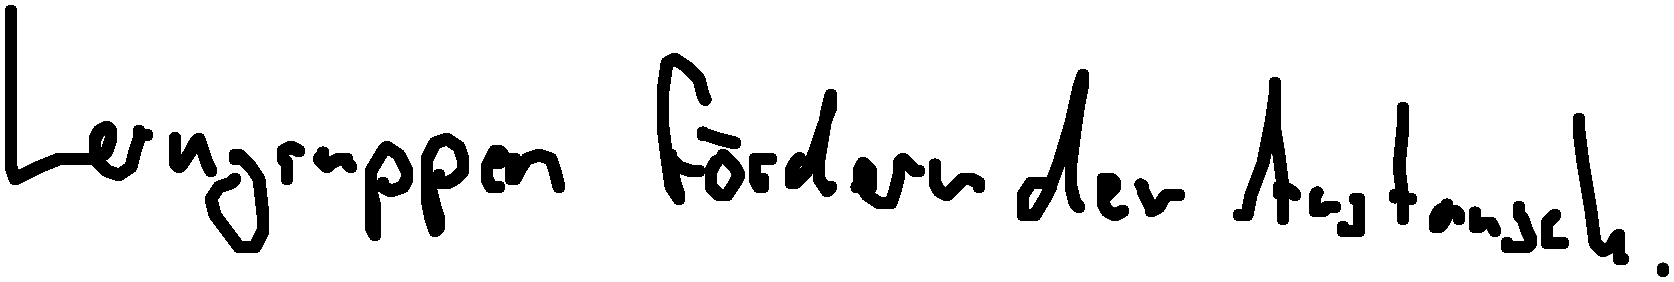
Lerngruppen fördern den Austausch.